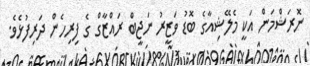
ނޮރަޝްމަން އަކީ މެލޭޝިއާގެ ބޮޑު ވަޒީރު ނަޖީބް ރައްޒާގް ގެ ފިރިހެން ދަރިފުޅެވެ.